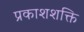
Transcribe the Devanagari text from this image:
प्रकाशशक्ति